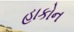
હાકોન